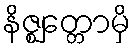
နိဇ္ဈတ္တောမှိ